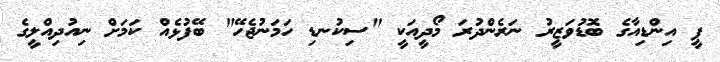
ޕީ އިންޑިއާގެ ބޮޑުވަޒީރު ނަރެންދުރަ މޯދީއަކީ "ސިކުނޑި ހަމަނުޖެހޭ" ބޭފުޅެއް ކަމަށް ނިއުދިއްލީގެ